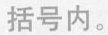
括号内。